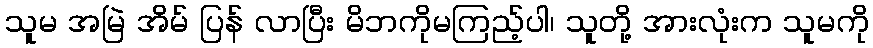
သူမ အမြဲ အိမ် ပြန် လာပြီး မိဘကိုမကြည့်ပါ၊ သူတို့ အားလုံးက သူမကို